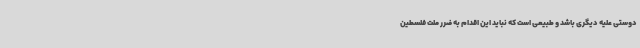
دوستی علیه دیگری باشد و طبیعی است که نباید این اقدام به ضرر ملت فلسطین